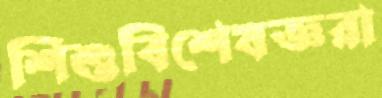
শিশুবিশেষজ্ঞরা